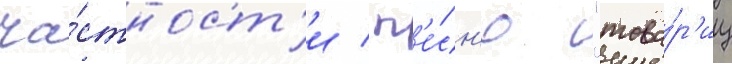
ча́стност'и / п'е́сн'ю "това́р'ищ